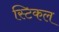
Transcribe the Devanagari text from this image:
स्टिकल